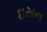
ઇસન